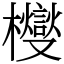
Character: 㰔